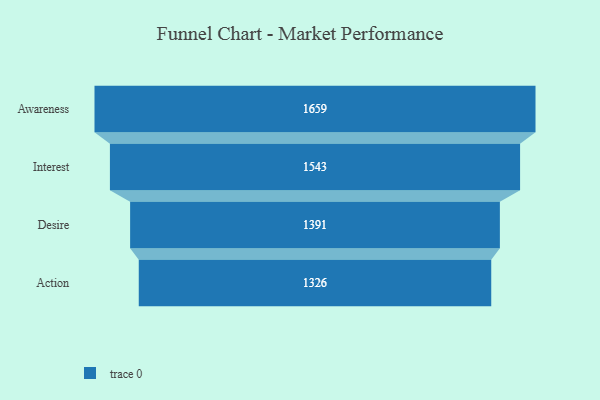
{"axis": {"x": "Stage", "y": "Value"}, "legend": [""], "data": [{"x": "Awareness", "y": 1659.0, "type": ""}, {"x": "Interest", "y": 1543.0, "type": ""}, {"x": "Desire", "y": 1391.0, "type": ""}, {"x": "Action", "y": 1326.0, "type": ""}]}